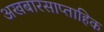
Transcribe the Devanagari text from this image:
अखबारसाप्ताहिक